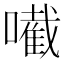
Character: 𡁶